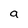
Character: a